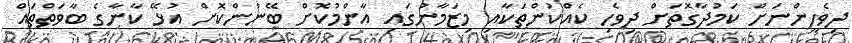
ދިވެހީންނަށް ކަމުދާގޮތަށް ދިވެހި ކެއްކުންތަކާއި މިޒަމާނުގައި އާންމުކޮށް ބޭނުންކޮށް އުޅޭ ކާނާގެ ބާވަތްތައް